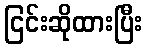
ငြင်းဆိုထားပြီး